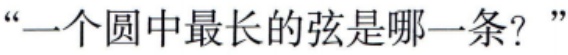
“一个圆中最长的弦是哪一条？”